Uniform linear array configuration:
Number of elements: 12
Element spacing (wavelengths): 1
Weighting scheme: cosine
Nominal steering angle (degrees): -60
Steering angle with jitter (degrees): -59.824
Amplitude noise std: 0.05
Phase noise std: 0.05

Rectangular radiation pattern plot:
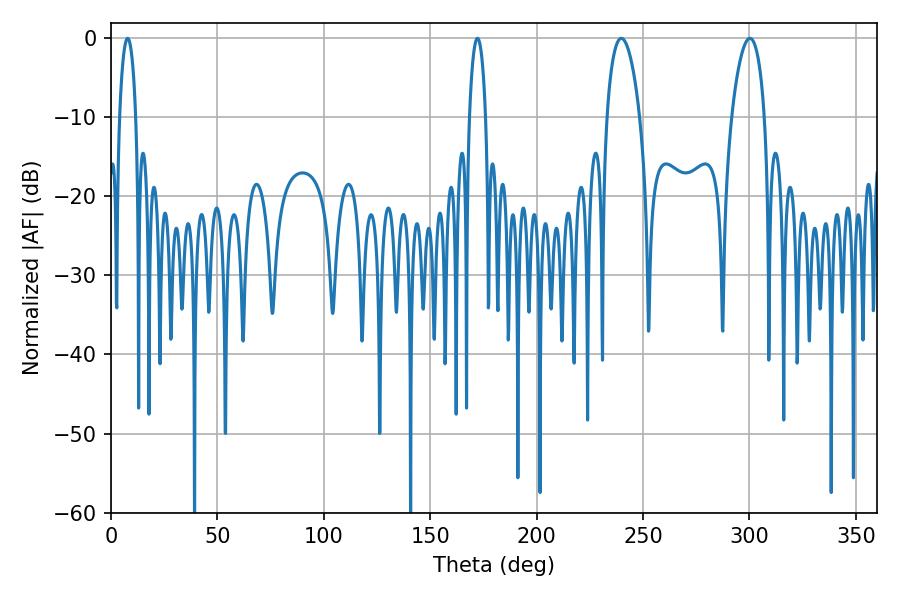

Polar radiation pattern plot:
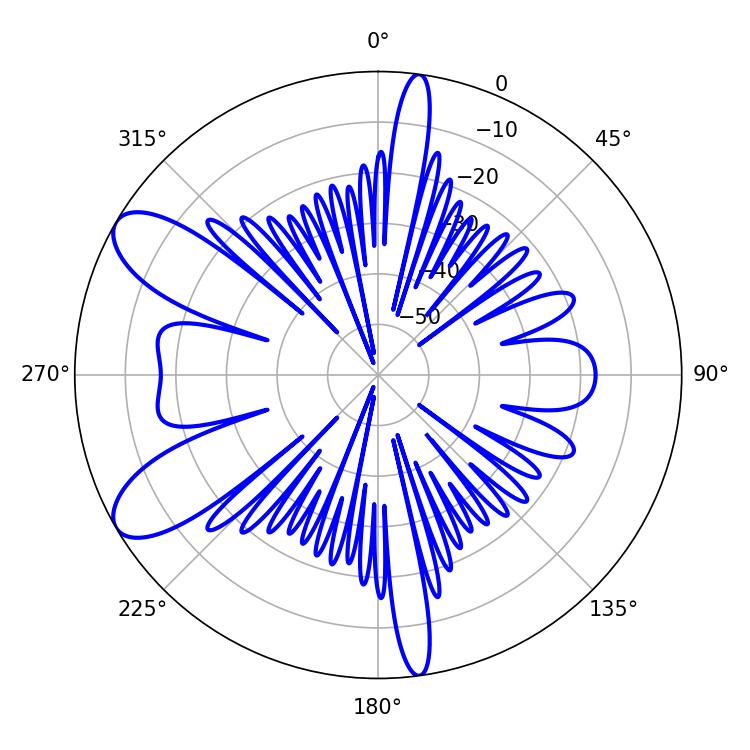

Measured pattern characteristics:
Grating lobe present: TRUE
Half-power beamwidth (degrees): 8.64
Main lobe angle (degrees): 300.24